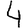
Digit: 4